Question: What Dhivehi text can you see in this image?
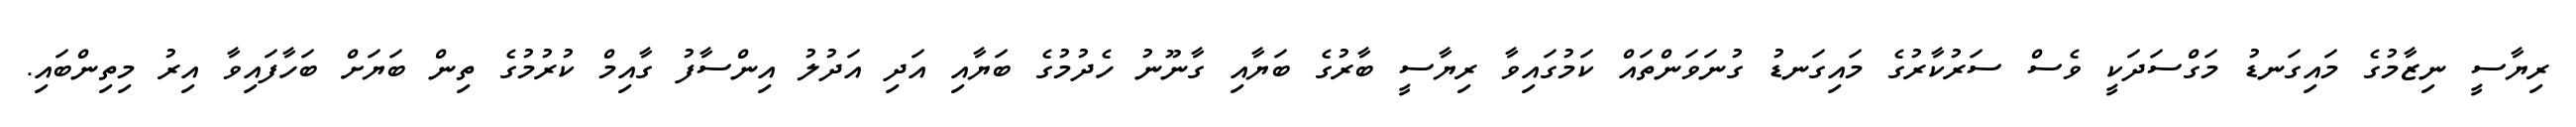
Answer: ރިޔާސީ ނިޒާމުގެ މައިގަނޑު މަގްސަދަކީ ވެސް ސަރުކާރުގެ މައިގަނޑު ގުނަވަންތައް ކަމުގައިވާ ރިޔާސީ ބާރުގެ ބަޔާއި ގާނޫނު ހެދުމުގެ ބަޔާއި އަދި އަދުލު އިންސާފު ގާއިމް ކުރުމުގެ ތިން ބަޔަށް ބަހާފައިވާ އިރު މިތިންބައި.